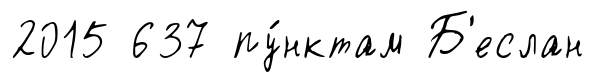
2015 637 пу́нктам Б'еслан